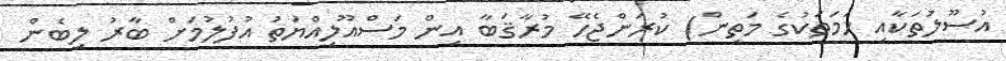
އުސޫލުތަކާއި ހަމަތަކުގެ މަތިން) ކުރަންޖެހޭ މުރާޤަބާ އިން މަސްއޫލިއްޔަތު އުފުލުމަށް ބާރު ލިބެން